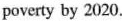
poverty by 2020.